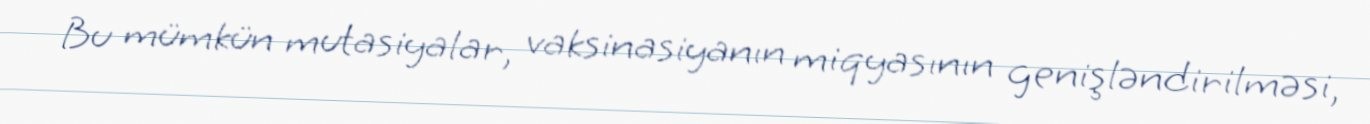
Bu mümkün mutasiyalar, vaksinasiyanın miqyasının genişləndirilməsi,